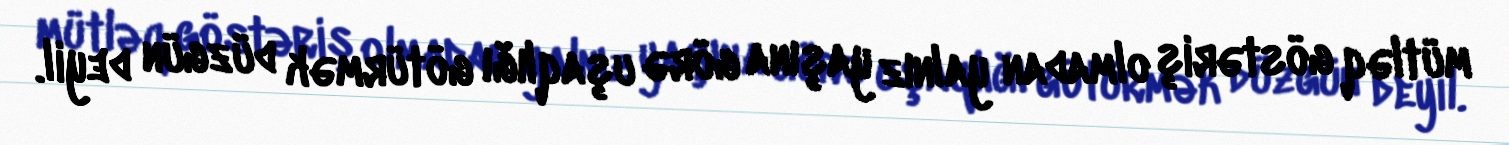
mütləq göstəriş olmadan yalnız yaşına görə uşaqlığı götürmək düzgün deyil.